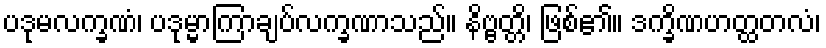
ပဒုမလက္ခဏံ၊ ပဒုမ္မာကြာချပ်လက္ခဏာသည်။ နိဗ္ဗတ္တိ၊ ဖြစ်၏။ ဒက္ခိဏဟတ္ထတလံ၊